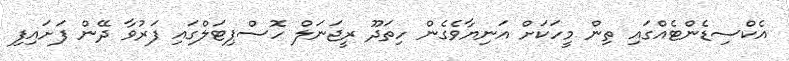
އެކްސިޑެންޓެއްގައި ތިން މީހަކަށް އަނިޔާވެގެން ހިތަދޫ ރީޖަނަލް ހޮސްޕިޓަލްގައި ފަރުވާ ދޭން ފަށައިފި